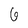
Character: 6